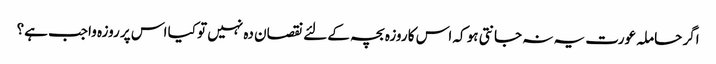
اگر حاملہ عورت یہ نہ جانتی ہو کہ اس کا روزہ بچہ کے لئے نقصان دہ نہیں تو کیا اس پر روزہ واجب ہے؟